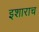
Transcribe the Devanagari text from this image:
इशाराच